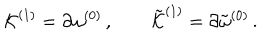
LaTeX: { \cal K } ^ { ( 1 ) } = \partial \omega ^ { ( 0 ) } \, , \qquad { \tilde { \cal K } } ^ { ( 1 ) } = \partial { \tilde { \omega } } ^ { ( 0 ) } \, .